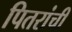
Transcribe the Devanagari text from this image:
पितरांची